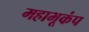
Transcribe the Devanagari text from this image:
महाभूकंप